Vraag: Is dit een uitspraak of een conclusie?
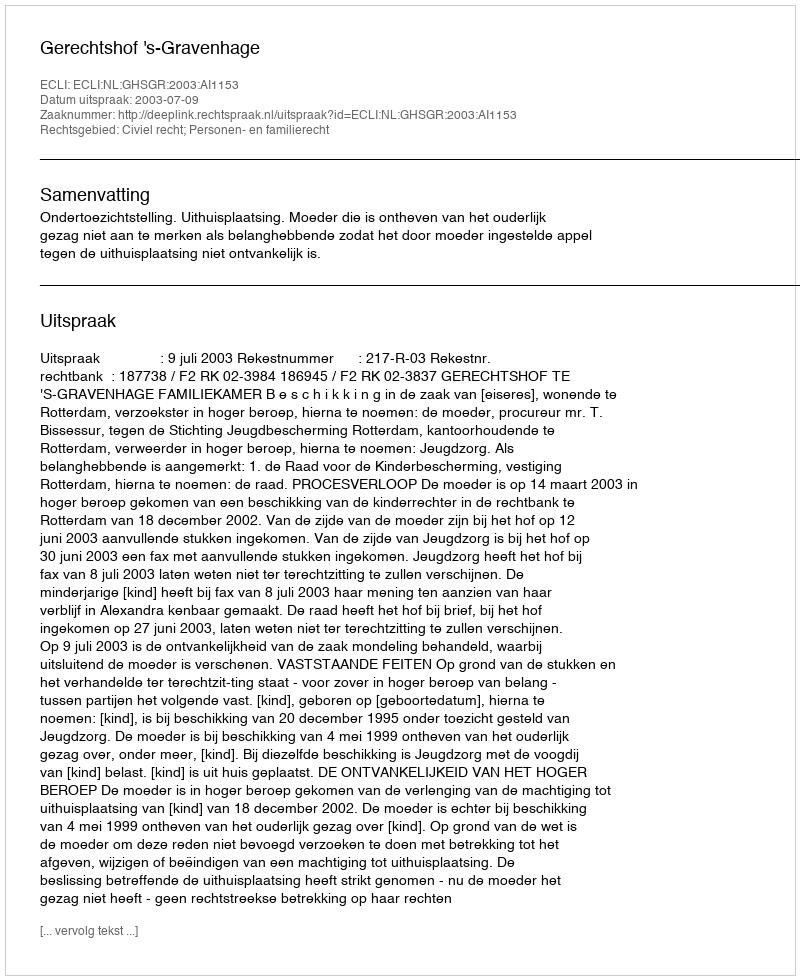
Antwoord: Uitspraak